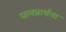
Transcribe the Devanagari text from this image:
ग्रामप्रार्थना